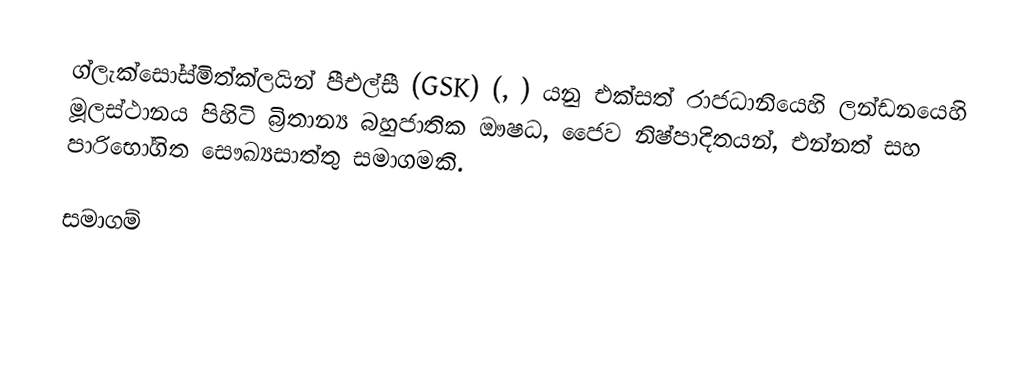
ග්ලැක්සෝස්මිත්ක්ලයින් පීඑල්සී (GSK) (, ) යනු එක්සත් රාජධානියෙහි ලන්ඩනයෙහි මූලස්ථානය පිහිටි බ්‍රිතාන්‍ය බහුජාතික ඖෂධ, ජෛව නිෂ්පාදිතයන්, එන්නත් සහ පාරිභෝගිත සෞඛ්‍යසාත්තු සමාගමකි.

සමාගම්